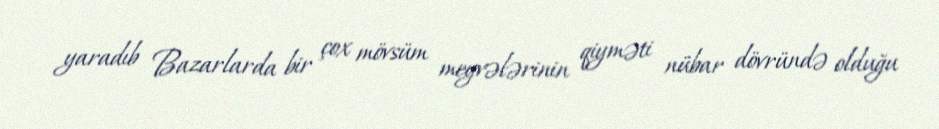
yaradıb Bazarlarda bir çox mövsüm meyvələrinin qiyməti nübar dövründə olduğu